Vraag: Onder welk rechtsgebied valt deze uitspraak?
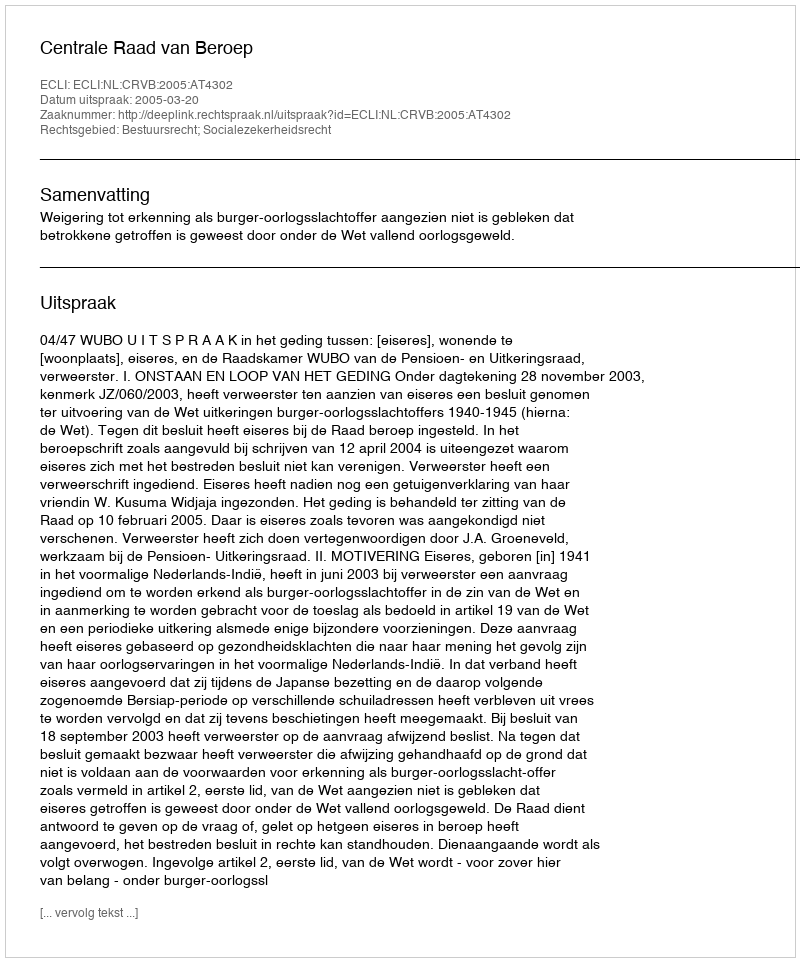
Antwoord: Bestuursrecht; Socialezekerheidsrecht